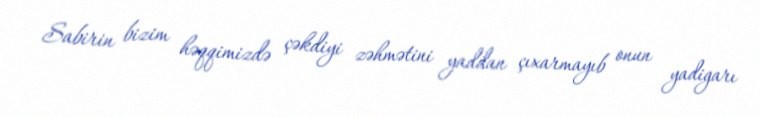
Sabirin bizim həqqimizdə çəkdiyi zəhmətini yaddan çıxarmayıb onun yadigarı